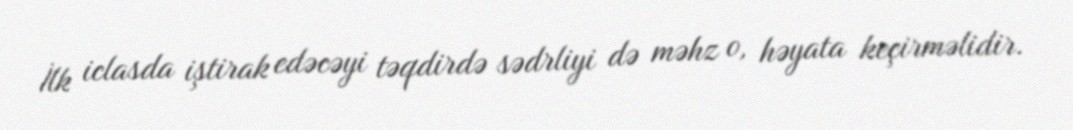
İlk iclasda iştirak edəcəyi təqdirdə sədrliyi də məhz o, həyata keçirməlidir.